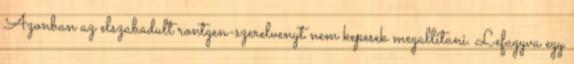
Azonban az elszabadult rontgen-szerelvenyt nem kepesek megallitani. Lefagyva egy